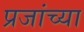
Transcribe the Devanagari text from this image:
प्रजांच्या